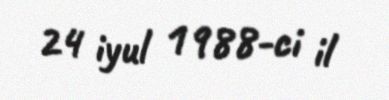
24 iyul 1988-ci il